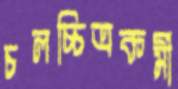
চলচ্চিত্রকর্মী